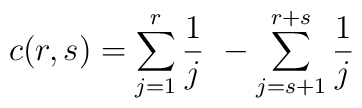
c(r,s) = \sum_{j=1}^r \frac{1}{j} \,\, - \sum_{j=s+1}^{r+s} \frac{1}{j}